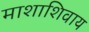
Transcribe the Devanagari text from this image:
माशाशिवाय